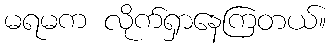
မရမက လိုက်ရှာနေကြတယ်။